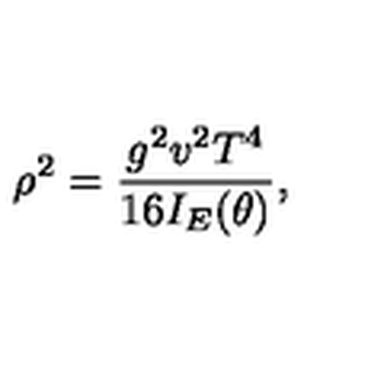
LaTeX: \rho ^ { 2 } = \frac { g ^ { 2 } v ^ { 2 } T ^ { 4 } } { 1 6 I _ { E } ( \theta ) } ,